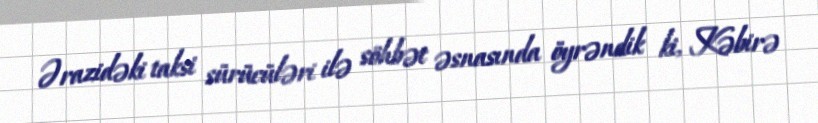
Ərazidəki taksi sürücüləri ilə söhbət əsnasında öyrəndik ki, Kəbirə